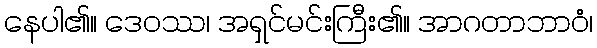
နေပါ၏။ ဒေဝဿ၊ အရှင်မင်းကြီး၏။ အာဂတာဘာဝံ၊